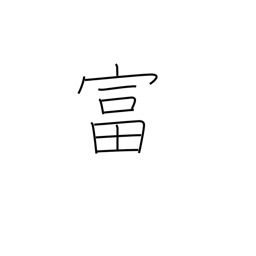
Meaning: enrich